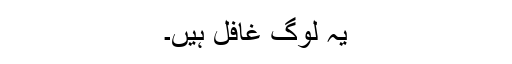
یہ لوگ غافل ہیں۔